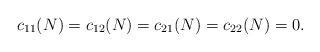
LaTeX: \begin{align*}c_{11}(N)=c_{12}(N)=c_{21}(N)=c_{22}(N)=0. \end{align*}